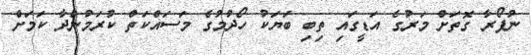
ނުފޯރާ ގޮތަށް މަރުގެ އަޑީގައި ތިބި ބަޔަކު ހޯދުމުގެ މަސައްކަތް ކުރަމުންދާ ކަމަށް